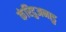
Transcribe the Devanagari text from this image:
कंरिदुअनाडु